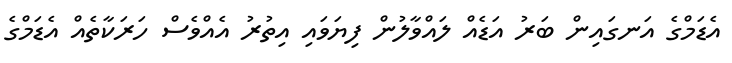
އެޑަމްގެ އަނގައިން ބަރު އަޑެއް ލައްވާލުން ފިޔަވައި އިތުރު އެއްވެސް ހަރަކާތެއް އެޑަމްގެ